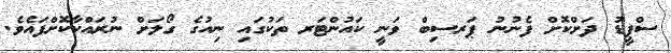
ސްޕީޑު ދަށްކޮށް ފެނުނު ޕަރސިބް ވަނީ ކައުންޓަރ ތަކުގައި ނިއުގެ ގޯލަށް ނުރައްކާކޮށްފައެވެ.